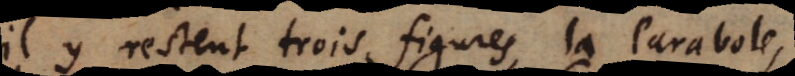
il y restent trois figures, la Parabole,